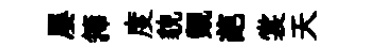
屡籜度貌覿葩裳天